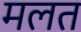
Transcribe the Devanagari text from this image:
मलत